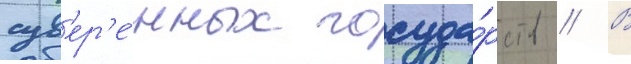
сув'ер'е́нных госуда́рств // В